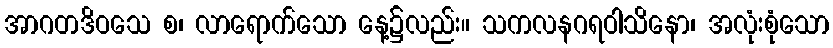
အာဂတဒိဝသေ စ၊ လာရောက်သော နေ့၌လည်း။ သကလနဂရဝါသိနော၊ အလုံးစုံသော